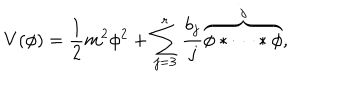
LaTeX: V ( \phi ) = \frac { 1 } { 2 } m ^ { 2 } \phi ^ { 2 } + \sum _ { j = 3 } ^ { r } \frac { b _ { j } } { j } \overbrace { \phi * \cdots * \phi } ^ { j } ,